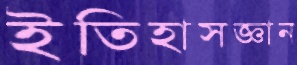
ইতিহাসজ্ঞান